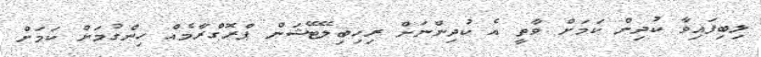
ލިބިފައިވާ ކުދިން ކަމަށް ވާތީ އެ ކުދިންނަށް ރިހިބިލޭޓޭޝަން ޕްރޮގްރާމެއް ހިންގުމަށް ކަމަށް